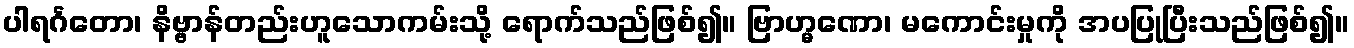
ပါရင်္ဂတော၊ နိဗ္ဗာန်တည်းဟူသောကမ်းသို့ ရောက်သည်ဖြစ်၍။ ဗြာဟ္မဏော၊ မကောင်းမှုကို အပပြုပြီးသည်ဖြစ်၍။